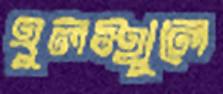
হুলস্থুলে